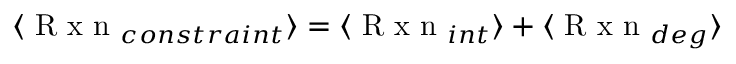
\langle \mathrm { ~ R ~ x ~ n ~ } _ { c o n s t r a i n t } \rangle = \langle \mathrm { ~ R ~ x ~ n ~ } _ { i n t } \rangle + \langle \mathrm { ~ R ~ x ~ n ~ } _ { d e g } \rangle